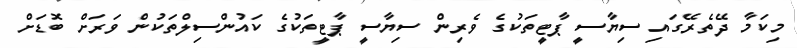
މިކަމާ ދޭތެރޭގައި ސިޔާސީ ޕާޓީތަކުގެ ވެރިން ސިޔާސީ ޕާޓީތަކުގެ ކައުންސިލްތަކުން ވަރަށް ބޮޑަށް